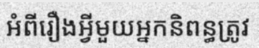
អំពីរឿងអ្វីមួយអ្នកនិពន្ធត្រូវ